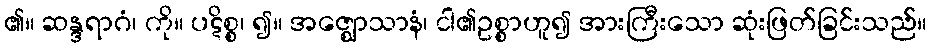
၏။ ဆန္ဒရာဂံ၊ ကို။ ပဋိစ္စ၊ ၍။ အဇ္ဈောသာနံ၊ ငါ၏ဥစ္စာဟူ၍ အားကြီးသော ဆုံးဖြတ်ခြင်းသည်။